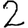
Digit: 2